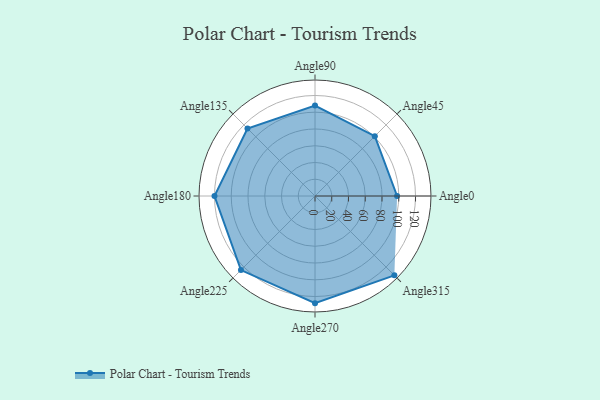
{"axis": {"x": "Angle", "y": "Radius"}, "legend": [""], "data": [{"x": "Angle0", "y": 98.0, "type": ""}, {"x": "Angle45", "y": 101.0, "type": ""}, {"x": "Angle90", "y": 108.0, "type": ""}, {"x": "Angle135", "y": 114.0, "type": ""}, {"x": "Angle180", "y": 120.0, "type": ""}, {"x": "Angle225", "y": 125.0, "type": ""}, {"x": "Angle270", "y": 128.0, "type": ""}, {"x": "Angle315", "y": 134.0, "type": ""}]}